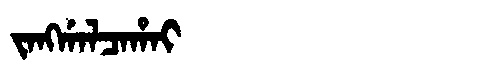
Manchu: ᠵᠠᠩᡤᠠᠯᠴᠠᡥᠠᡳ
Romanization: JANGGALCAHAI